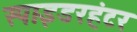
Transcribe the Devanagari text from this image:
स्पाइडरहंटर